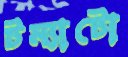
টম্যাটো